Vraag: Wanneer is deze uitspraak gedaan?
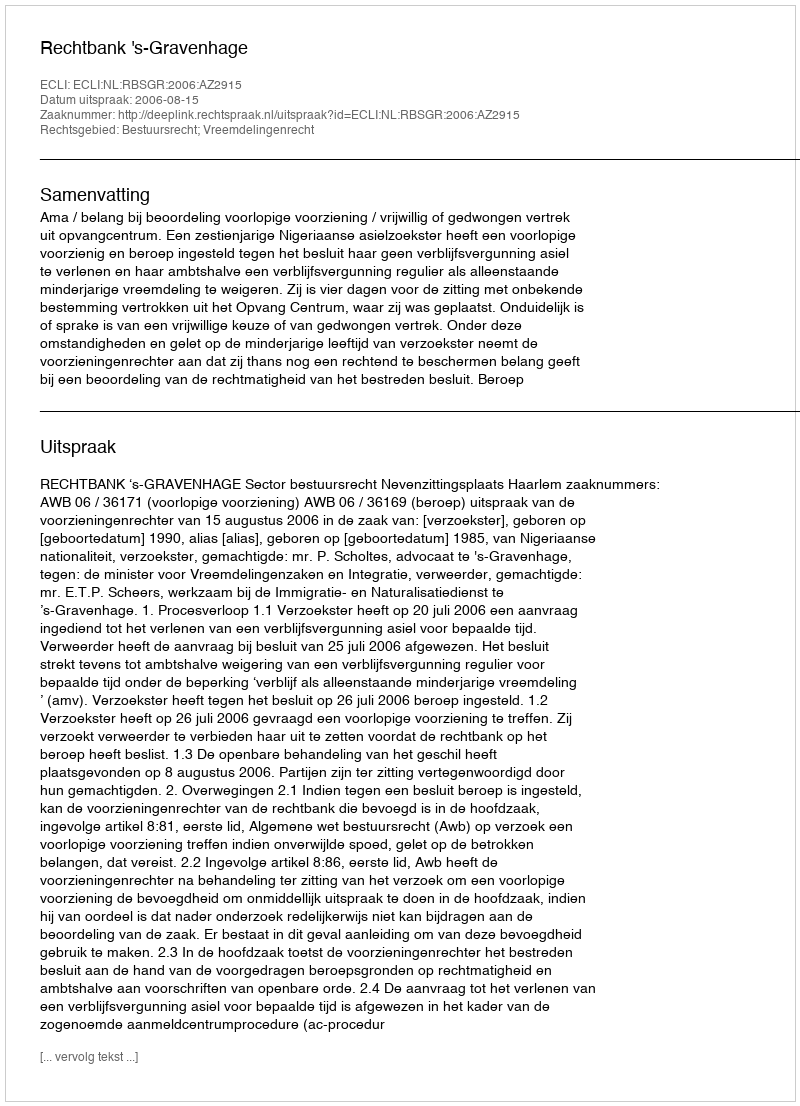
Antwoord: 2006-08-15